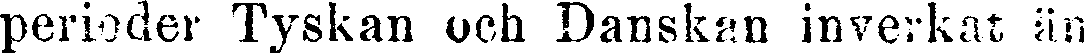
perioder Tyskan och Danskan inverkat än